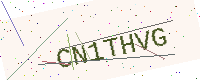
Text: CN1THVG